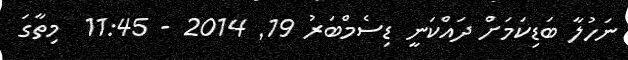
ނަހުލާ ބަޑިކަމަށް ދައްކަނީ ޑިސެމްބަރު 19